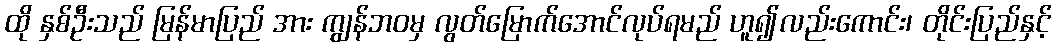
ထို နှစ်ဦးသည် မြန်မာပြည် အား ကျွန်ဘဝမှ လွတ်မြောက်အောင်လုပ်ရမည် ဟူ၍လည်းကောင်း၊ တိုင်းပြည်နှင့်